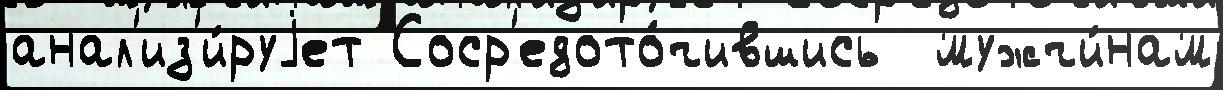
анал'из'и́руjет Соср'едото́чившись  мужчи́нам